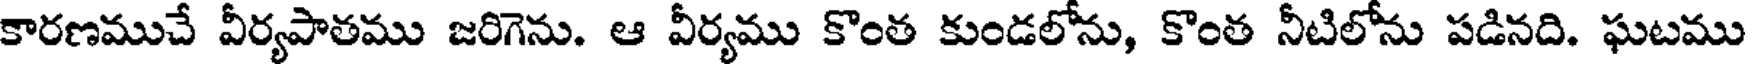
కారణముచే వీర్యపాతము జరిగెను. ఆ వీర్యము కొంత కుండలోను, కొంత నీటిలోను పడినది. ఘటము